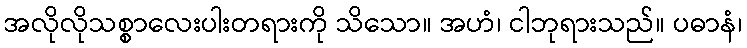
အလိုလိုသစ္စာလေးပါးတရားကို သိသော။ အဟံ၊ ငါဘုရားသည်။ ပဓာနံ၊